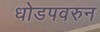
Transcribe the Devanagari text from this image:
धोडपवरुन